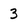
Character: 3